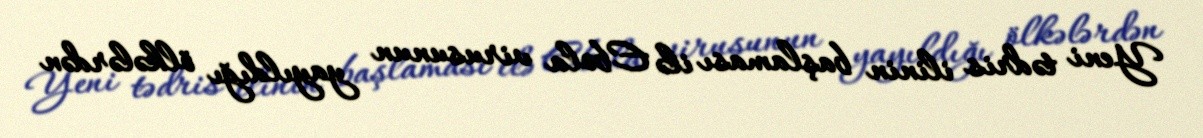
Yeni tədris ilinin başlaması ilə Ebola virusunun yayıldığı ölkələrdən